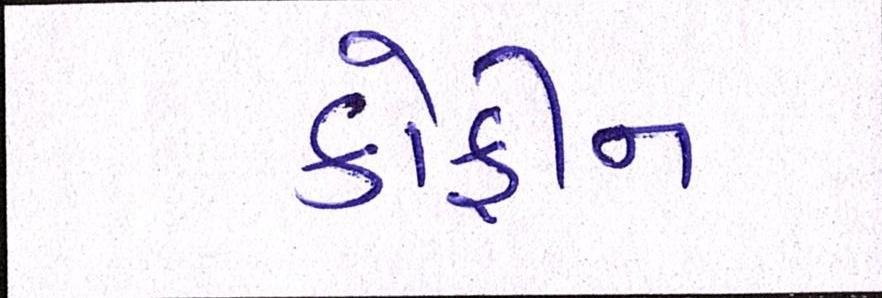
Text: કોફીન